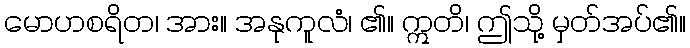
မောဟစရိတ၊ အား။ အနုကူလံ၊ ၏။ ဣတိ၊ ဤသို့ မှတ်အပ်၏။